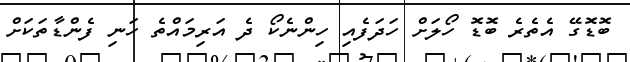
ބޮޑޮގޭ އެތެރެ ބޮޑޮ ހޯލަށް ހަދަފެއި ހިންނެކޯ ދެ އަރިމައްތެ ހަނި ފެންޑާތަކަށް